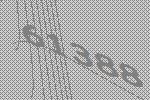
61388